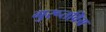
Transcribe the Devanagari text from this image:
गुरूतविय